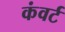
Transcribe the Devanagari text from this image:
कंवर्ट